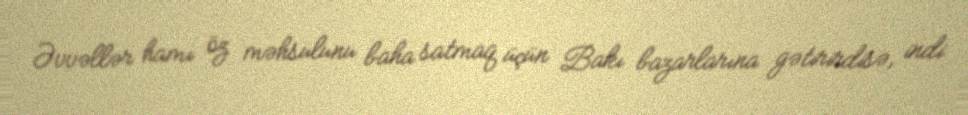
Əvvəllər hamı öz məhsulunu baha satmaq üçün Bakı bazarlarına gətirirdisə, indi